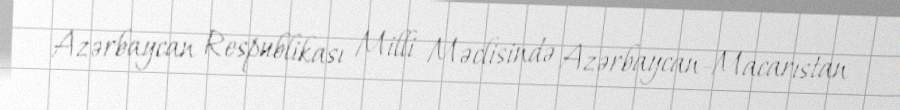
Azərbaycan Respublikası Milli Məclisində Azərbaycan-Macarıstan